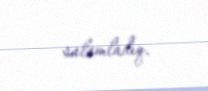
salamladıq.